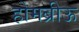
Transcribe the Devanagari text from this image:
होमब्रीऊ